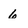
Character: 6